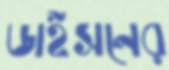
ডাইসনের